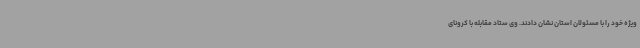
ویژه خود را با مسئولان استان نشان دادند. وی ستاد مقابله با کرونای